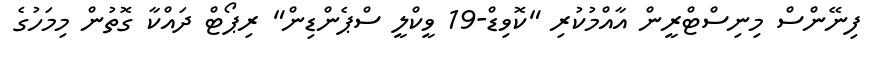
ފިނޭންސް މިނިސްޓްރީން އާއްމުކުރި "ކޮވިޑް-19 ވީކްލީ ސްޕެންޑިން" ރިޕޯޓް ދައްކާ ގޮތުން މިމަހުގެ